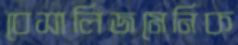
বেসালিজমেনিক